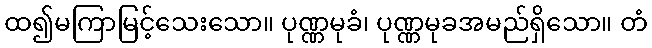
ထ၍မကြာမြင့်သေးသော။ ပုဏ္ဏမုခံ၊ ပုဏ္ဏမုခအမည်ရှိသော။ တံ